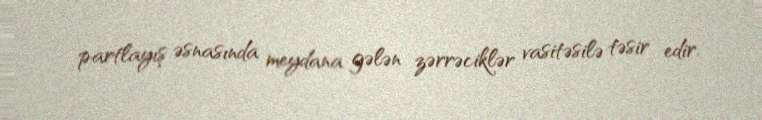
partlayış əsnasında meydana gələn zərrəciklər vasitəsilə təsir edir.